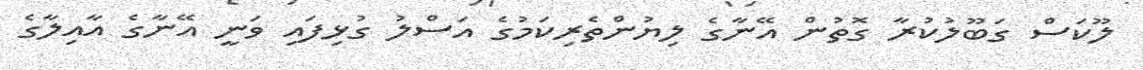
ލޫކަސް ގަބޫލުކުރާ ގޮތުން އޭނާގެ ލިޔުންތެރިކަމުގެ އަސްލު ގުޅިފައި ވަނީ އޭނާގެ އާއިލާގެ